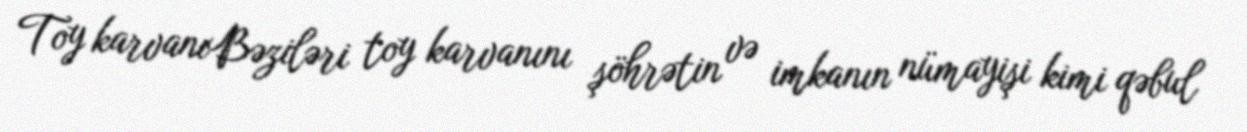
Toy karvanıBəziləri toy karvanını şöhrətin və imkanın nümayişi kimi qəbul